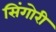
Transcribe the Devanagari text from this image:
सिंगोरी